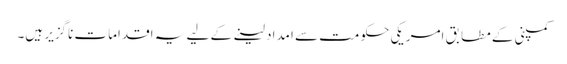
کمپنی کے مطابق امریکی حکومت سے امداد لینے کے لیے یہ اقدامات ناگزیر ہیں۔